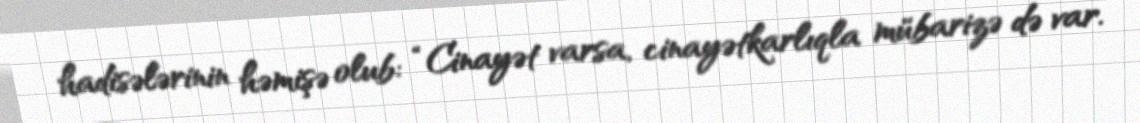
hadisələrinin həmişə olub: “Cinayət varsa, cinayətkarlıqla mübarizə də var.